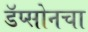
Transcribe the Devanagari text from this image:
डॅप्सोनचा